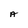
Character: A